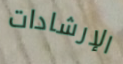
الإرشادات